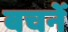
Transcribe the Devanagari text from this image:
बचनें